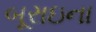
બૂરાઇના